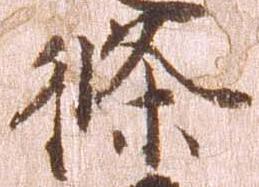
条